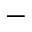
-